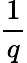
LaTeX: \frac{1}{q}